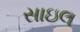
સાઇલ